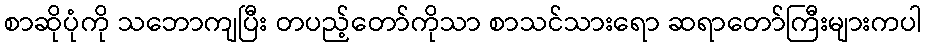
စာဆိုပုံကို သဘောကျပြီး တပည့်တော်ကိုသာ စာသင်သားရော ဆရာတော်ကြီးများကပါ